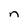
Character: n